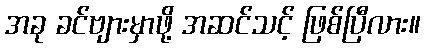
အခု ခင်ဗျားမှာဖို့ အဆင်သင့် ဖြစ်ပြီလား။